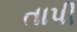
તાપી